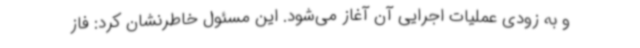
و به زودی عملیات اجرایی آن آغاز می‌شود. این مسئول خاطرنشان کرد: فاز